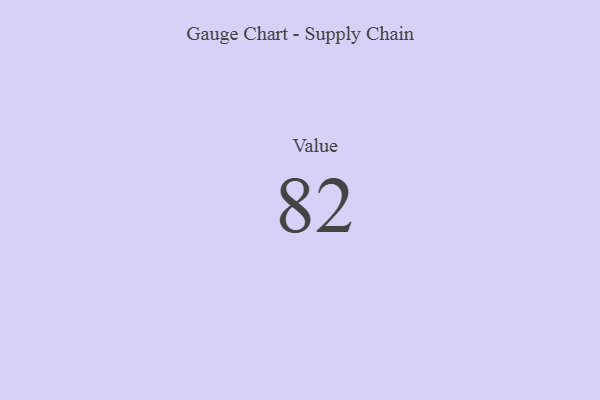
{"axis": {"x": "Metric", "y": "Value"}, "legend": [""], "data": [{"x": "Value", "y": 82, "type": ""}]}